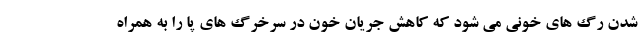
شدن رگ های خونی می شود که کاهش جریان خون در سرخرگ های پا را به همراه